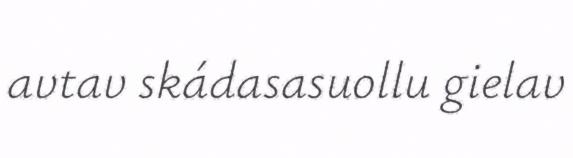
avtav skádasasuollu gielav